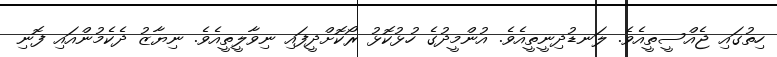
ހިތުގައި ޖެއްސީތީއެވެ. ލަނޑުދިނީތީއެވެ. އުންމީދުގެ ހުޅުކޮޅު ރޯކޮށްދީފައި ނިވާލީތީއެވެ. ނިޔާޒު ދެކެމުންއައި ފޮނި